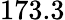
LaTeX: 173.3